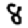
Digit: 8